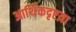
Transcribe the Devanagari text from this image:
आर्थिकदृष्टय़ा